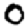
Digit: 0